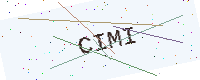
Text: CIMI